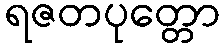
ရဇတပုတ္တော